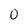
Character: 0